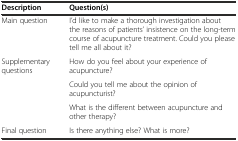
| Description | Question(s) |
 | --- | --- |
 | Main question | I’d like to make a thorough investigation about the reasons of patients’ insistence on the long-term course of acupuncture treatment. Could you please tell me all about it? |
 | <ROWSPAN=3> Supplementary questions | How do you feel about your experience of acupuncture? |
 | Could you tell me about the opinion of acupuncturist? |
 | What is the different between acupuncture and other therapy? |
 | Final question | Is there anything else? What is more? |